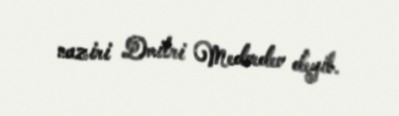
naziri Dmitri Medvedev deyib.